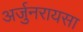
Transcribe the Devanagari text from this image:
अर्जुनरायसा